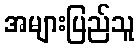
အများပြည်သူ